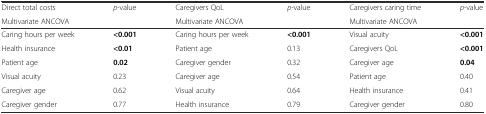
<table><thead><tr><td><b>Direct total costs</b></td><td rowspan="2"><b><i>p</i>-value</b></td><td><b>Caregivers QoL</b></td><td rowspan="2"><b><i>p</i>-value</b></td><td><b>Caregivers caring time</b></td><td rowspan="2"><b><i>p</i>-value</b></td></tr><tr><td><b>Multivariate ANCOVA</b></td><td><b>Multivariate ANCOVA</b></td><td><b>Multivariate ANCOVA</b></td></tr></thead><tbody><tr><td>Caring hours per week</td><td><b>&lt;0.001</b></td><td>Caring hours per week</td><td><b>&lt;0.001</b></td><td>Visual acuity</td><td><b>&lt;0.001</b></td></tr><tr><td>Health insurance</td><td><b>&lt;0.01</b></td><td>Patient age</td><td>0.13</td><td>Caregivers QoL</td><td><b>&lt;0.001</b></td></tr><tr><td>Patient age</td><td><b>0.02</b></td><td>Caregiver gender</td><td>0.32</td><td>Caregiver age</td><td><b>0.04</b></td></tr><tr><td>Visual acuity</td><td>0.23</td><td>Caregiver age</td><td>0.54</td><td>Patient age</td><td>0.40</td></tr><tr><td>Caregiver age</td><td>0.62</td><td>Visual acuity</td><td>0.64</td><td>Health insurance</td><td>0.41</td></tr><tr><td>Caregiver gender</td><td>0.77</td><td>Health insurance</td><td>0.79</td><td>Caregiver gender</td><td>0.80</td></tr></tbody></table>